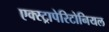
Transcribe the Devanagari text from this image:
एक्स्ट्रापेरिटोनियल